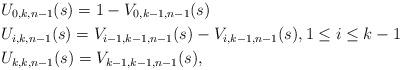
LaTeX: \begin{align*}&U_{0,k,n-1}(s)=1-V_{0,k-1,n-1}(s)\\&U_{i,k,n-1}(s)=V_{i-1,k-1,n-1}(s)-V_{i,k-1,n-1}(s),1\le i\le k-1\\&U_{k,k,n-1}(s)=V_{k-1,k-1,n-1}(s), \end{align*}